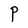
Character: P